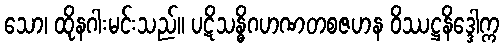
သော၊ ထိုနဂါးမင်းသည်။ ပဋိသန္ဓိဂဟဏတစဇဟန ဝိဿဋ္ဌနိဒ္ဒေါက္က